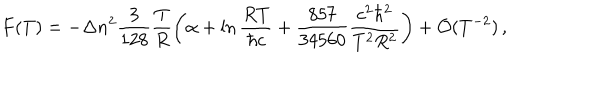
LaTeX: F ( T ) = - \Delta n ^ { 2 } \frac { 3 } { 1 2 8 } \frac { T } { R } \left( \alpha + \ln \frac { R T } { \hbar c } + \frac { 8 5 7 } { 3 4 5 6 0 } \frac { c ^ { 2 } \hbar ^ { 2 } } { T ^ { 2 } R ^ { 2 } } \right) + { \cal O } ( T ^ { - 2 } ) \, { , }